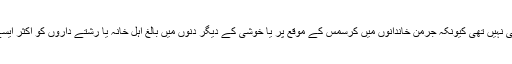
بظاہر یہ کوئی بڑی غلطی نہیں تھی کیونکہ جرمن خاندانوں میں کرسمس کے موقع پر یا خوشی کے دیگر دنوں میں بالغ اہل خانہ یا رشتے داروں کو اکثر ایسے تحفے دیے جاتے ہیں۔